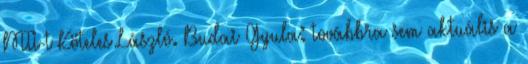
MTI-t Köteles László. Budai Gyula: továbbra sem aktuális a